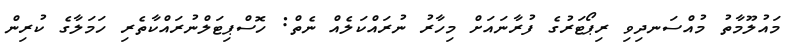
މައުލޫމާތު މުއްސަނދިވި ރިޕޯޓަރުގެ ފުރާނައަށް މިހާރު ނުރައްކަލެއް ނެތް: ހޮސްޕިޓަލްނުރައްކާތެރި ހަމަލާގެ ކުރިން